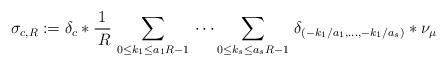
LaTeX: \begin{align*}\sigma_{c,R}:=\delta_{c}\ast \frac{1}{\,R}\,\sum_{0\le k_1\le a_1 R-1}\,\dots\sum_{0\le k_s\le a_s R-1}\,\delta_{(-k_1/a_1,\dots,-k_1/a_s)}\ast \nu_\mu\end{align*}